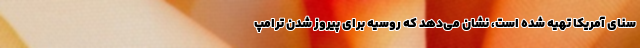
سنای آمریکا تهیه شده است، نشان می‌دهد که روسیه برای پیروز شدن ترامپ